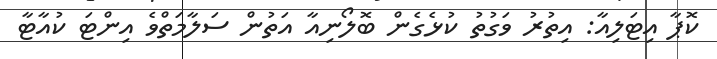
ކޮޕާ އިޓަލިއާ: އިތުރު ވަގުތު ކުޅެގެން ބޮލޯނިއާ އަތުން ސަލާމަތްވެ އިންޓަ ކުއާޓާ